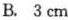
B. 3cm